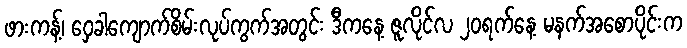
ဖားကန့်၊ ဝှေခါကျောက်စိမ်းလုပ်ကွက်အတွင်း ဒီကနေ့ ဇူလိုင်လ ၂၀ရက်နေ့ မနက်အစောပိုင်းက